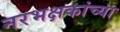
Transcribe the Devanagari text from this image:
नरभक्षकांच्या